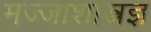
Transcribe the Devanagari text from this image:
मज्जाशास्त्रज्ञ